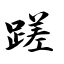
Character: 蹉